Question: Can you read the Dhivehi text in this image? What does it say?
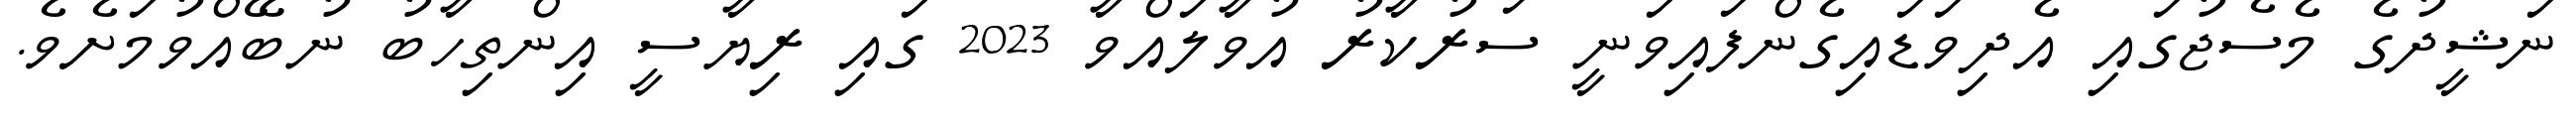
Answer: ނަޝީދުގެ މެސެޖުގައި އެދިވަޑައިގެންފައިވަނީ ސަރުކާރު އުވާލައްވާ 2023 ގައި ރިޔާސީ އިންތިހާބު ނުބޭއްވުމަށެވެ.